Observations on rabies - Number 36
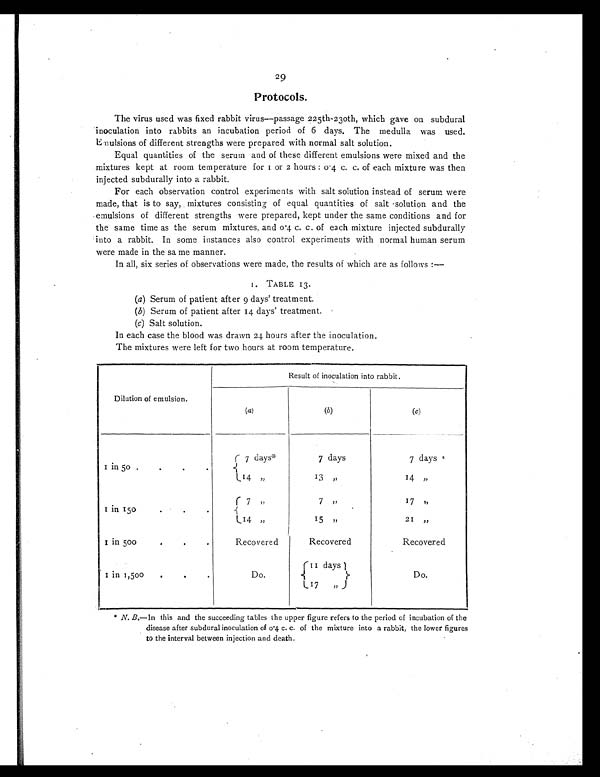
29
Protocols.
The virus used was fixed rabbit virus—passage 225th-230th, which gave on subdural
inoculation into rabbits an incubation period of 6 days. The medulla was used.
Emulsions of different strengths were prepared with normal salt solution.
Equal quantities of the serum and of these different emulsions were mixed and the
mixtures kept at room temperature for 1 or 2 hours : 0·4 c. c. of each mixture was then
injected subdurally into a rabbit.
For each observation control experiments with salt solution instead of serum were
made, that is to say, mixtures consisting of equal quantities of salt solution and the
emulsions of different strengths were prepared, kept under the same conditions and for
the same time as the serum mixtures, and 0·4 c. c. of each mixture injected subdurally
into a rabbit. In some instances also control experiments with normal human serum
were made in the same manner.
In all, six series of observations were made, the results of which are as follows :—
1. TABLE 13.
(a) Ser um of pat i ent af t er 9 days' t r eat ment .
(b)Serum of pat i ent aft er 14 days' t reat ment .
(c)Salt solution.
In each case the blood was drawn 24 hours after the inoculation.
The mixtures were left for two hours at room temperature.
Dilution of emulsion.
Result of inoculation into rabbit.
(a)
(b)
(c)
1 in 50. .
7 days*
7 days
7 d a y s *
14 ,,
13 ,,
14
,,
1 in 150 . . .
7
,,
7
,,
17 ,,
14 ,,
15
,,
21 ,,
1 in 500. . .
Recovered
Recovered
Recovered
1 in 1,500 . . .
Do.
11 days
Do.
17 ,,
* N. B.—In this and the succeeding tables the upper figure refers to the period of incubation of the
disease after subdural inoculation of 0·4 c. c. of the mixture into a rabbit, the lower figures
to the interval between injection and death.